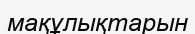
мақұлықтарын